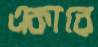
একারে